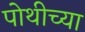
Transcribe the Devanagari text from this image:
पोथीच्या